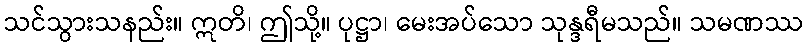
သင်သွားသနည်း။ ဣတိ၊ ဤသို့။ ပုဋ္ဌာ၊ မေးအပ်သော သုန္ဒရီမသည်။ သမဏဿ